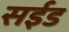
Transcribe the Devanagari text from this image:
सईड